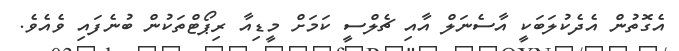
އެގޮތުން އެދެކުލަބަކީ އާސެނަލް އާއި ޗެލްސީ ކަމަށް މީޑިއާ ރިޕޯޓްތަކުން ބުނެފައި ވެއެވެ.